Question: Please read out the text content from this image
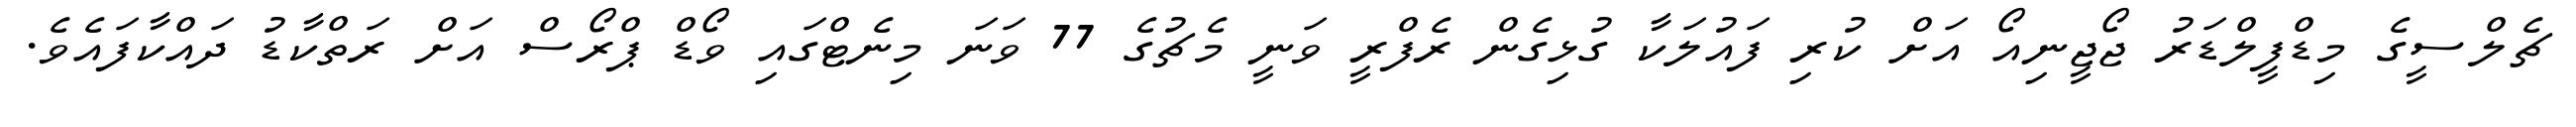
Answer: ޗެލްސީގެ މިޑްފީލްޑަރު ޖޯޖީނިއޯ އަށް ކުރި ފައުލަކާ ގުޅިގެން ރެފްރީ ވަނީ މެޗުގެ 77 ވަނަ މިނެޓްގައި ވޯޑް ޕްރޯސް އަށް ރަތްކާޑު ދައްކާފައެވެ.